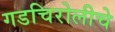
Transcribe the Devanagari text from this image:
गडचिरोलीचे